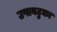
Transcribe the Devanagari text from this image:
उपावटुका